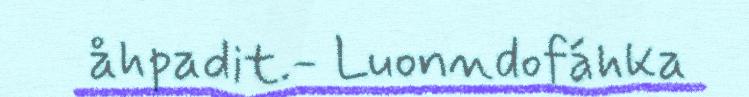
åhpadit.- Luonndofáhka